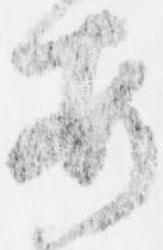
安